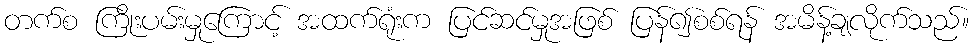
တက်စ ကြိုးပမ်းမှုကြောင့် အထက်ရုံးက ပြင်ဆင်မှုအဖြစ် ပြန်၍စစ်ရန် အမိန့်ချလိုက်သည်။